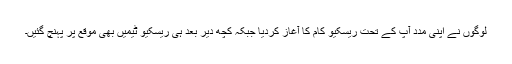
لوگوں نے اپنی مدد آپ کے تحت ریسکیو کام کا آغاز کردیا جبکہ کچھ دیر بعد ہی ریسکیو ٹیمیں بھی موقع پر پہنچ گئیں۔